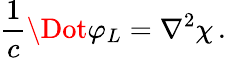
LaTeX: \frac{1}{c}\Dot{\varphi_{L}}=\nabla^{2}\chi\, .